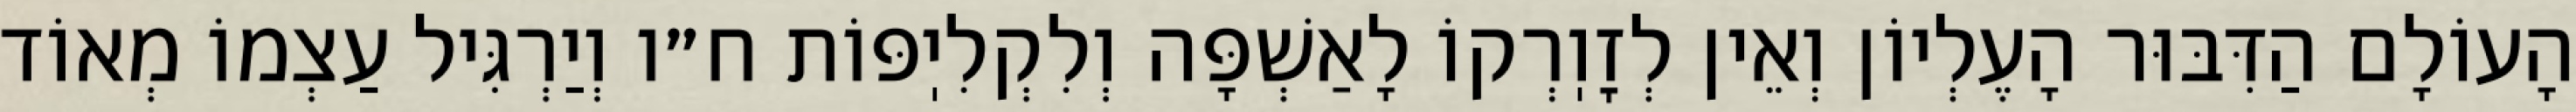
הָעוֹלָם הַדִּבּוּר הָעֶלְיוֹן וְאֵין לְזׇוֽרְקוֹ לָאַשְׁפָּה וְלִקְלִיֽפּוֹת ח״ו וְיַרְגִּיל עַצְמוֹ מְאוֹד